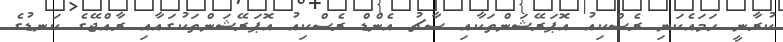
ކުރާނީ ހަމައެކަނި ރެސްކިއު އޮޕަރޭޝަންތަކާއި ސާޗު އެންޑް ރެސްކިއު އޮޕަރޭޝަންތަކުގައާއި ރާއްޖޭގެ ކަނޑުގެ